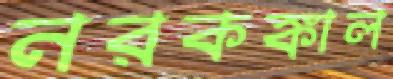
নরকঙ্কাল